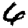
Digit: 6